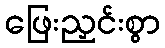
ဖြေးညှင်းစွာ